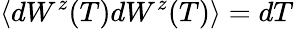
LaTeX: \langle dW^{z}(T)dW^{z}(T)\rangle=dT